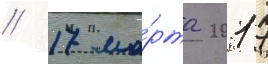
// 17 ма́рта 2017